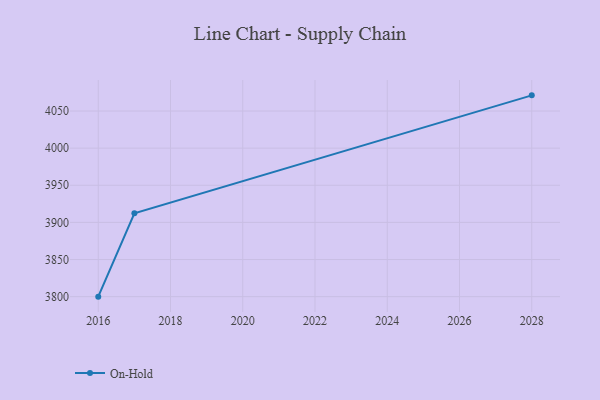
{"axis": {"x": "Year", "y": "Page Views"}, "legend": ["On-Hold"], "data": [{"x": "2016", "y": 3800.0, "type": "On-Hold"}, {"x": "2017", "y": 3912.2, "type": "On-Hold"}, {"x": "2028", "y": 4071.1, "type": "On-Hold"}]}